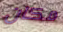
مكان